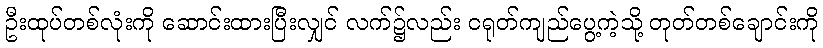
ဦးထုပ်တစ်လုံးကို ဆောင်းထားပြီးလျှင် လက်၌လည်း ငရုတ်ကျည်ပွေ့ကဲ့သို့ တုတ်တစ်ချောင်းကို